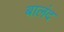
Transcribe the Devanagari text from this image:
बालंद